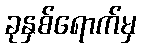
ခုနှစ်ရောက်မှ